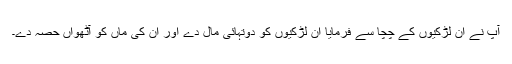
آپ نے ان لڑکیوں کے چچا سے فرمایا ان لڑکیوں کو دوتہائی مال دے اور ان کی ماں کو آٹھواں حصہ دے۔